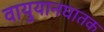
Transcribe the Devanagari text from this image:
वायुयानघातक